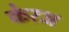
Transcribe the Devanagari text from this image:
केरअ